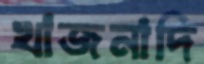
খাজনাদি